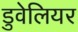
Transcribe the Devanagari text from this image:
डुवेलियर